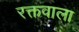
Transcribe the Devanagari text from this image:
रक्तवाला